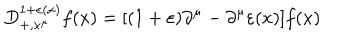
LaTeX: D _ { + , x ^ { \mu } } ^ { 1 + \varepsilon ( x ) } f ( x ) = [ ( 1 + \varepsilon ) \partial ^ { \mu } - \partial ^ { \mu } \varepsilon ( x ) ] f ( x )